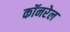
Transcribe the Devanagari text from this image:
कॉनरेल